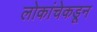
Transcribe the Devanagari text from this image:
लोकांचेकडून